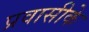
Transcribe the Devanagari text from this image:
प्रवासीके